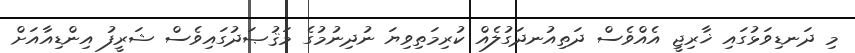
މި ދަނޑިވަޅުގައި ޚާރިޖީ އެއްވެސް ދަތިއުނދަގުލެއް ކުރިމަތިވިޔަ ނުދިނުމުގެ މަޤުޞަދުގައިވެސް ޝަރީފު އިންޑިއާއަށް